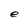
Character: e